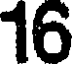
16